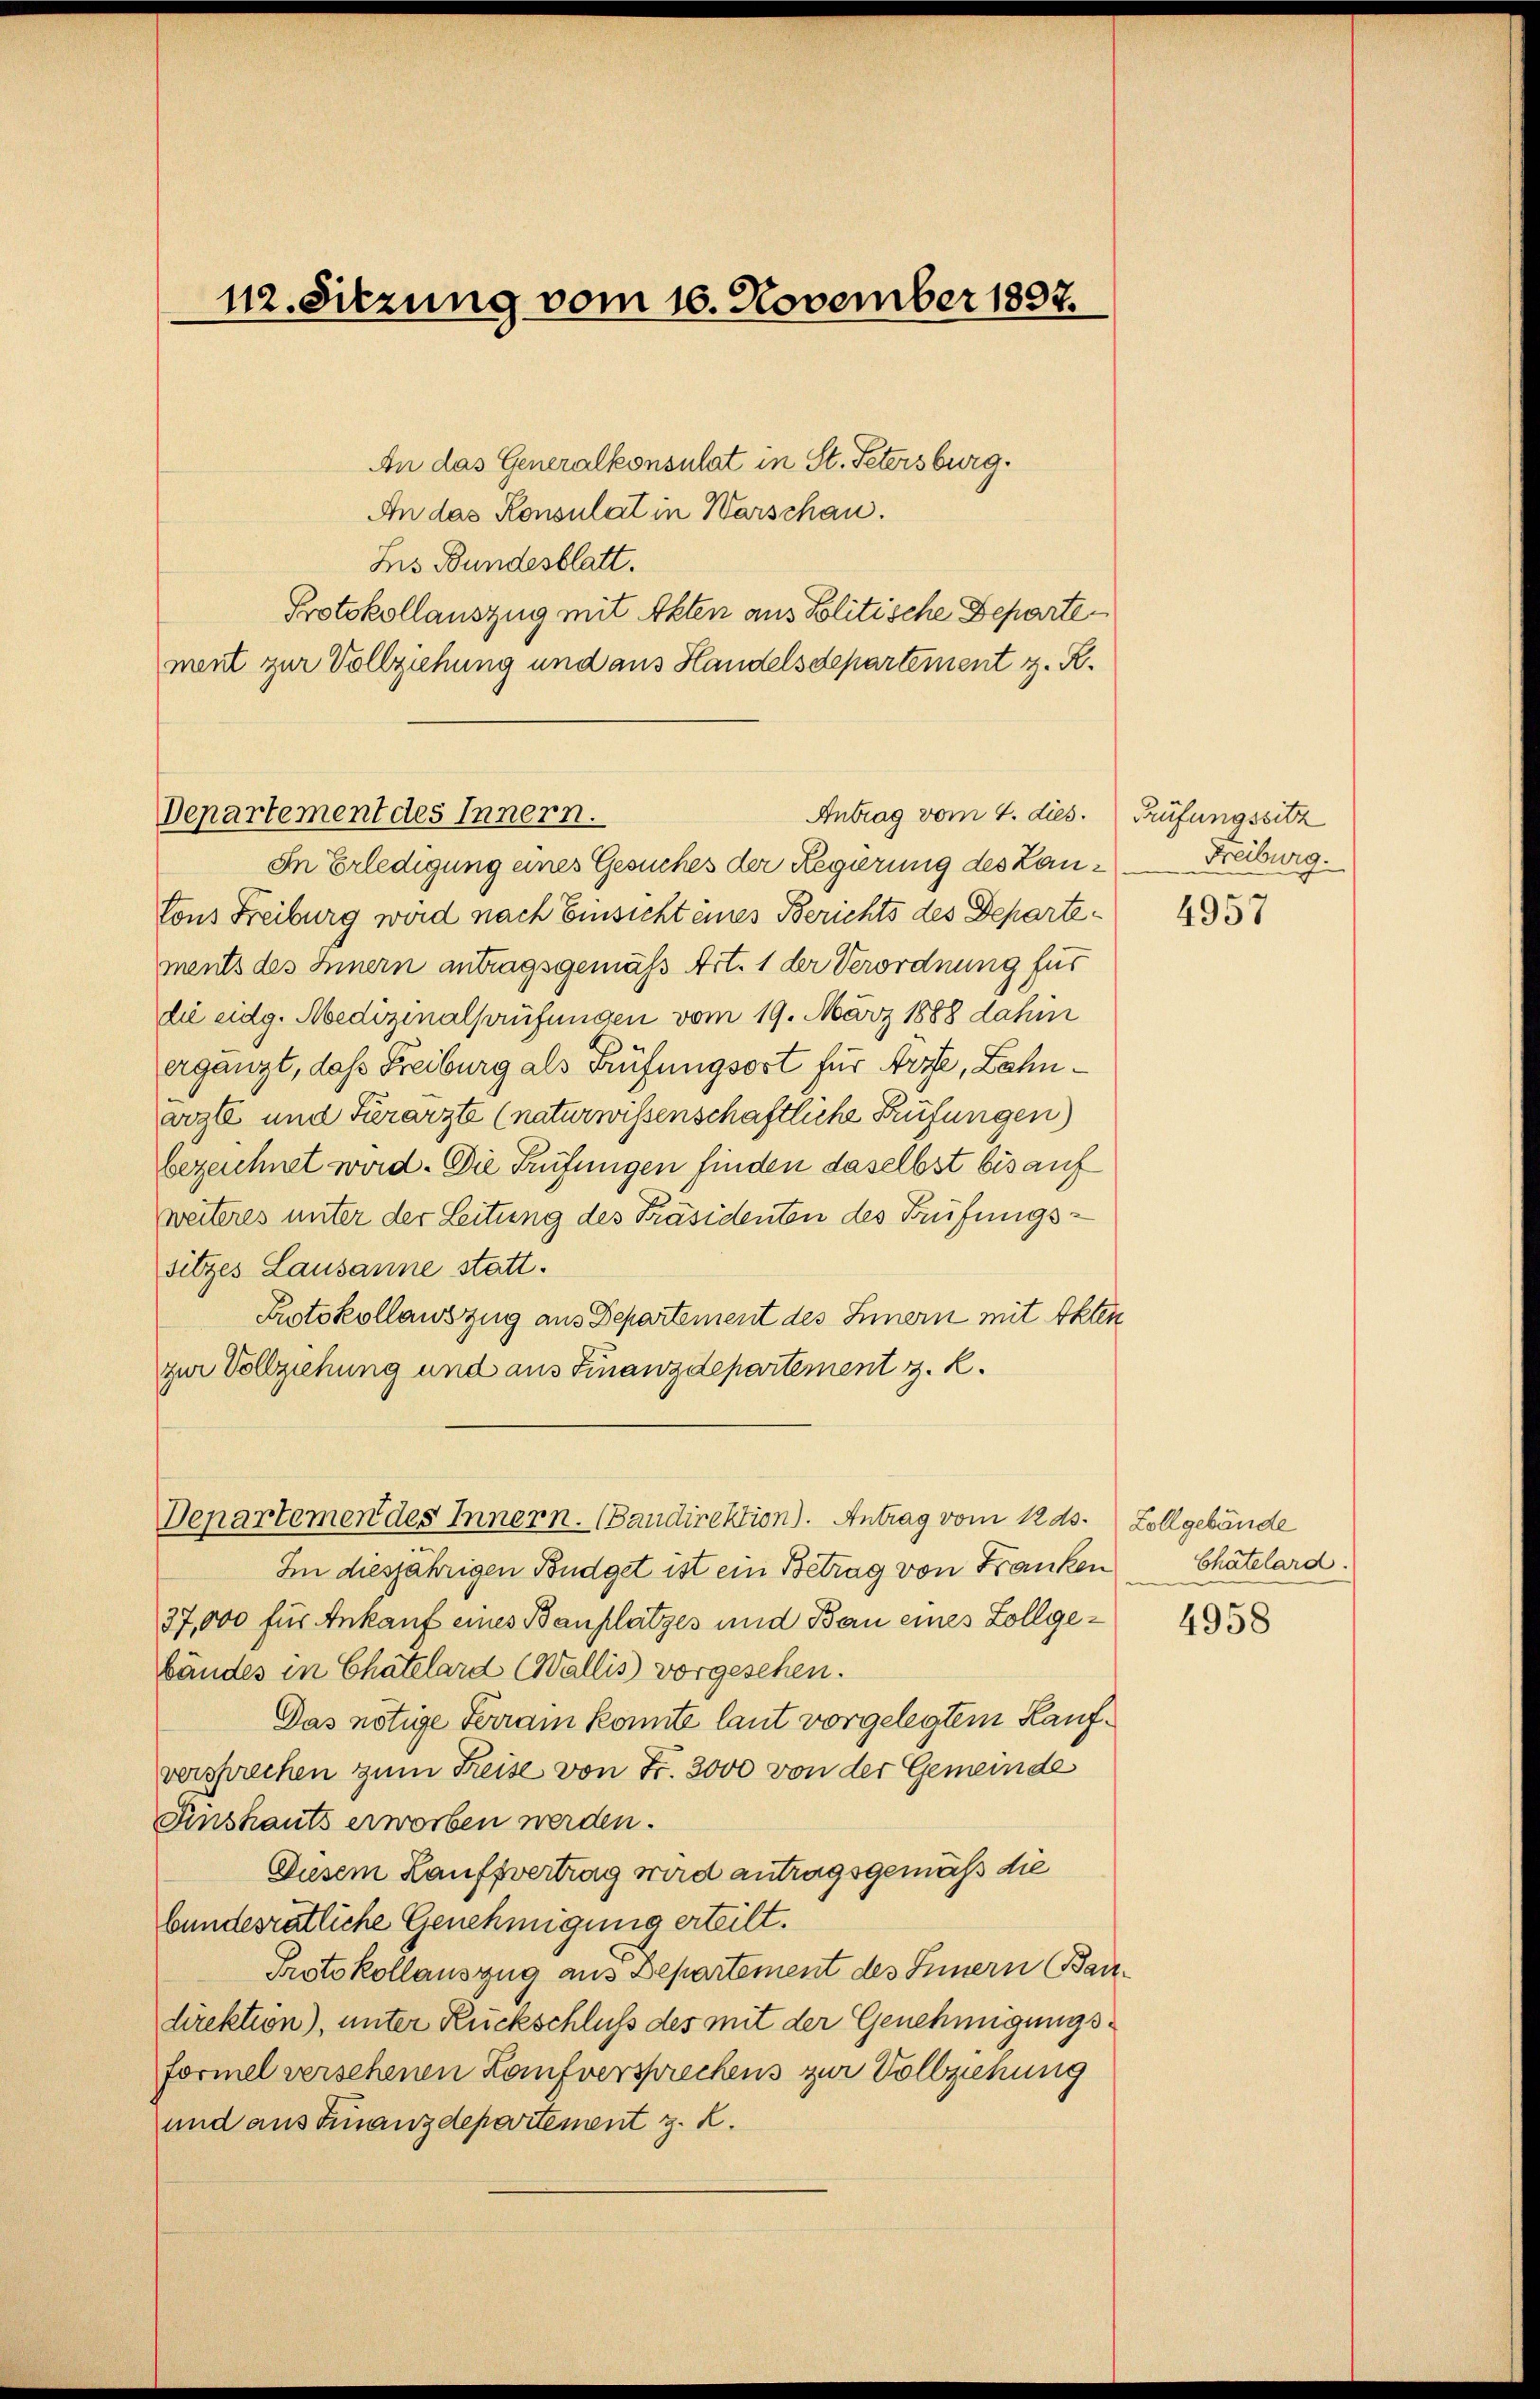
112. Sitzung vom 16. November 1897.

An das Generalkonsulat in St. Petersburg.
An das Konsulat in Warschau.
Lis Bundesblatt.
Protokollauszug mit Akten aus Politische Departe
ment zur Vollziehung und aus Handelsdepartement z. R.
Antrag vom 4. dies.
In Erledigung eines Gesuches der Regierung des Lanlons Freiburg wird nach Einsicht eines Berichts des Departements des Innern antragsgemäss Art. 1 der Verordnung für
die eidg. Medizinalprüfungen vom 19. März 1888 dahin
ergänzt, daß Freiburg als Prüfungsort für Arzte, Bahnvogl und Tierarzte (naturwissenschaftliche Prüfungen)
bezeichnet wird. Die Prüfungen finden daselbst bis auf
weiteres unter der Leitung des Präsidenten des Prüfungssitzes Lausanne statt.
Protokollauszug aus Departement des Einern mit Akten
zur Vollziehung und aus Finanzdepartement z. K.
Departemen des Innern. (Bandirektion). Antrag vom 12 ds.
Im diesjährigen Budget ist ein Betrag von Franken
37,000 für Ankauf eines Bauplatzes und Bau eines Zollgebändes in Chatelard Wallis vorgesehen.
Das nötige Ferrain konnte laut vorgelegtem Kaufversprechen zum Freise von Fr. 3000 von der Gemeinde
Finshauts erworben werden.
Diesem Lauffvertrag wird antragsgemäß die
bundesrätliche Genehmigung erteilt.
Protokollauszug aus Departement des Innern Bau
direktion), unter Rückschluß des mit der Genehmigungsformel versehenen Kaufversprechens zur Vollziehung
und aus Finanzdepartement z. B.

Departement des Innern.

Prüfungssitz
Freiburg.

4957

Zollgebäude
Chatelard.

4958